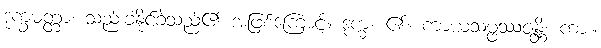
ဒုက္ခမတ္တာ၊ သည်းခံနိုင်ခဲသည်၏ အဖြစ်ကြောင့်။ ဒုက္ခံ၊ ၏။ ကာယသမ္ဖဿဇန္တိ၊ ကား။